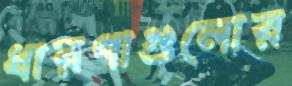
ধারণাগুলোর